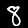
Digit: 8